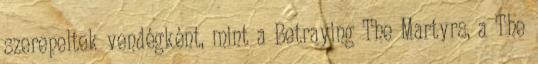
szerepeltek vendégként, mint a Betraying The Martyrs, a The